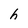
Character: h